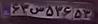
۶۳س۵۳۶۵۳